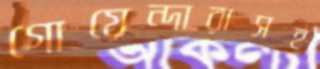
গোয়েন্দারাসহ